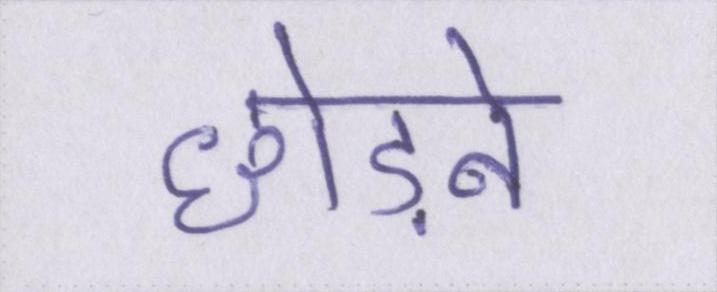
छोड़ने